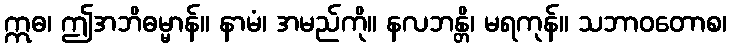
ဣဓ၊ ဤအဘိဓမ္မာန်။ နာမံ၊ အမည်ကို။ နလဘန္တိ၊ မရကုန်။ သဘာဝတောစ၊